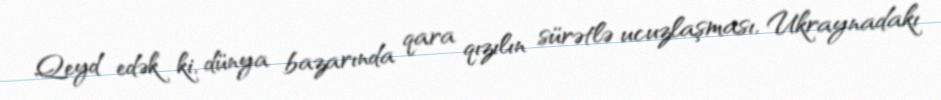
Qeyd edək ki, dünya bazarında qara qızılın sürətlə ucuzlaşması, Ukraynadakı